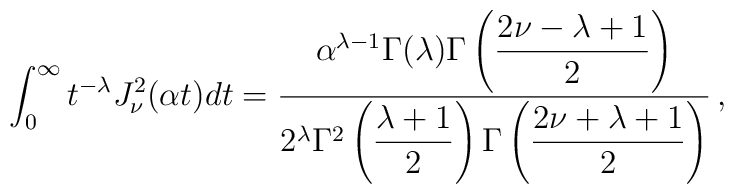
\int_0^\infty t^{-\lambda}J_\nu^2(\alpha t)dt=\frac{\alpha^{\lambda-1}\Gamma(\lambda)  \Gamma\left(\displaystyle{\frac{2\nu-\lambda+1}{2}}\right)}  {2^\lambda\Gamma^2\left(\displaystyle{\frac{\lambda+1}{2}}\right)  \Gamma\left(\displaystyle{\frac{2\nu+\lambda+1}{2}}\right)}\,,